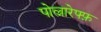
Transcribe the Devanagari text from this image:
पोल्नारेफ्फ़